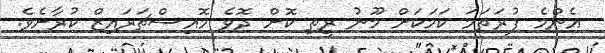
އެންމެ ފުރަތަމަ ކަމަކަށް މޫނު ރީތި ކޮށް ދޮވެ މޮއިސްޗަރައިޒް ކުރާށެވެ.